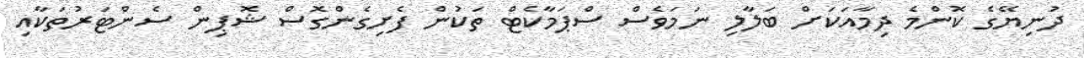
ދުނިޔޭގެ ކޮންމެ ދިމާއަކަށް ބަލާލި ނަމަވެސް ސްޕަމާކެޓް ތަކުން ފެށިގެންގޮސް ޝޮޕިން ސެންޓަރުތަކާއި